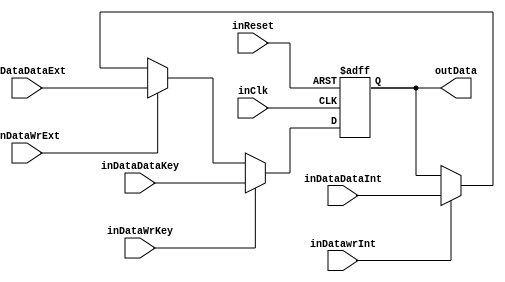
// Modu pamiciowy przechowujcy dane
// Pozwala na wpisanie danych z interfejsu zewntrznego, z wyjcia funkcji rundy oraz zapis klucza jako danych

module NoekeonDataReg(
	input wire				inClk,
	input wire				inReset,
	
	input wire				inDataWrKey,		// zapis klucza jako danych
	input wire	[127:0]	inDataDataKey,
	
	input wire				inDataWrExt,		// zapis danych z zewntrzengo interfejsu
	input wire	[127:0]	inDataDataExt,
	
	input wire	 			inDatawrInt,		// zapis danych z moduu realizujcego funkcj rundy
	input wire	[127:0]	inDataDataInt,
	
	output wire	[127:0]	outData
);

reg [127:0]		DataReg = 128'b0;

always @(posedge(inClk) or posedge(inReset))
begin
	if(inReset == 1'b1) begin
		DataReg = 128'b0;
	end else begin
		if(inDataWrKey == 1'b1) begin
			DataReg = inDataDataKey;
		end else begin
			if (inDataWrExt == 1'b1) begin
				DataReg = inDataDataExt;
			end else begin
				if (inDatawrInt == 1'b1) begin
					DataReg = inDataDataInt;
				end
			end
		end
	end
end

assign outData = DataReg;

endmodule